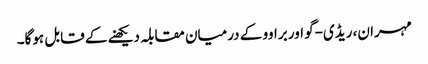
مہران، ریڈی-گو اور براوو کے درمیان مقابلہ دیکھنے کے قابل ہوگا۔